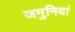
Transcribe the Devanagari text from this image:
जमुनियां